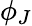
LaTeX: \phi_{J}